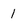
Character: 1